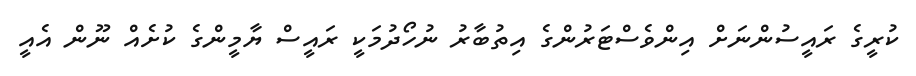
ކުރީގެ ރައީސުންނަށް އިންވެސްޓަރުންގެ އިތުބާރު ނުހޯދުމަކީ ރައީސް ޔާމީންގެ ކުށެއް ނޫން އެއީ